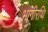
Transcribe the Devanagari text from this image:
भागीरथि